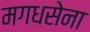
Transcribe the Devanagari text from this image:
मगधसेना